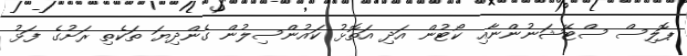
ޕޮލިސް ސްޓޭޝަނުންނާއި ކޯޓުން އަދި އަތޮޅު ކައުންސިލުން ގެންދިޔަ ތަކެތި ރަށުގެ ފަޅު